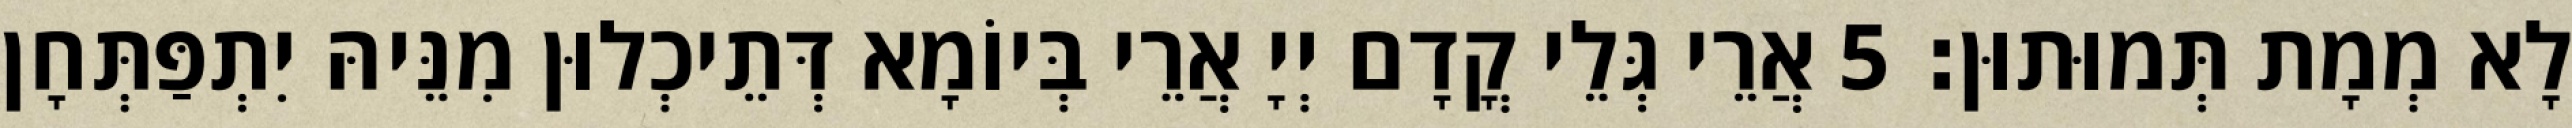
לָא מְמָת תְּמוּתוּן׃ 5 אֲרֵי גְּלֵי קֳדָם יְיָ אֲרֵי בְּיוֹמָא דְּתֵיכְלוּן מִנֵּיהּ יִתְפַּתְּחָן